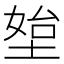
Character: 𰊀